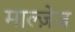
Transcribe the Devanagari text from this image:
माल्ज़ेज